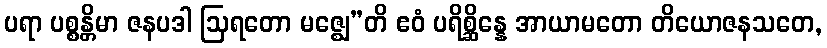
ပရာ ပစ္စန္တိမာ ဇနပဒါ ဩရတော မဇ္ဈေ”တိ ဧဝံ ပရိစ္ဆိန္နေ အာယာမတော တိယောဇနသတေ,